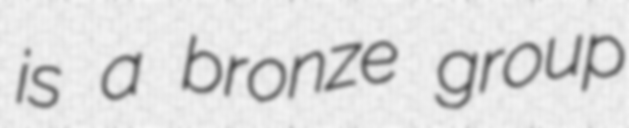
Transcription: is a bronze group